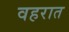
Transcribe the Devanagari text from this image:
वहरात